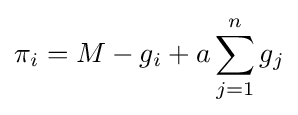
\pi _{i}=M-g_{i}+a\sum _{j=1}^{n}g_{j}